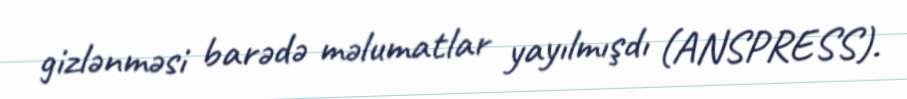
gizlənməsi barədə məlumatlar yayılmışdı (ANSPRESS).